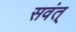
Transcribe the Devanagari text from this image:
सवंत्